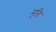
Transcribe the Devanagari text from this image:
मुति